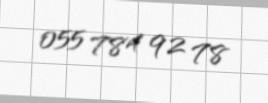
055 784 92 78